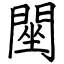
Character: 䦟